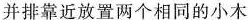
并排靠近放置两个相同的小木